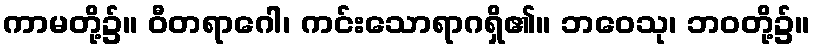
ကာမတို့၌။ ဝီတရာဂေါ၊ ကင်းသောရာဂရှိ၏။ ဘဝေသု၊ ဘဝတို့၌။